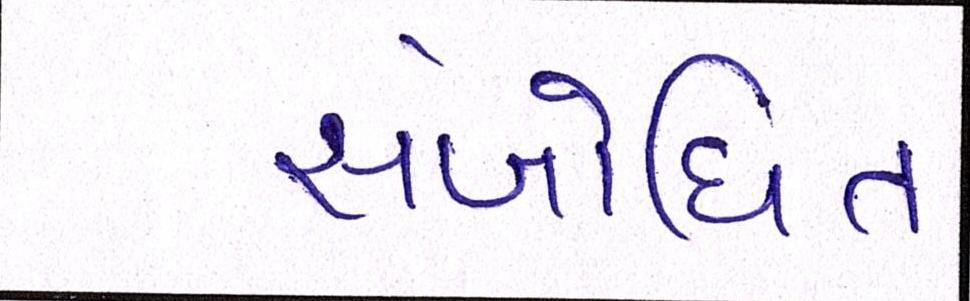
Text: સંબોધિત